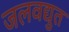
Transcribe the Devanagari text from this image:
जलवद्युत